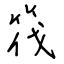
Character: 筏